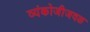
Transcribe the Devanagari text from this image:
व्यंकोजीजवळ